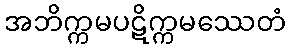
အဘိက္ကမပဋိက္ကမဿေတံ